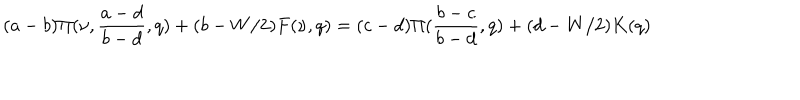
( a - b ) \Pi ( \nu , \frac { a - d } { b - d } , q ) + ( b - W / 2 ) F ( \nu , q ) = ( c - d ) \Pi ( \frac { b - c } { b - d } , q ) + ( d - W / 2 ) K ( q )